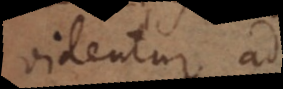
videntur ad